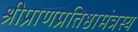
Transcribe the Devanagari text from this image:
श्रीप्राणप्रतिष्ठामंत्रस्य